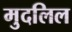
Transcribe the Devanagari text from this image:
मुदलिल